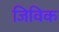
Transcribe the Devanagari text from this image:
जिविक